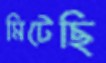
মিটেছি